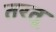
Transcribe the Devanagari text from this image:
तरतू